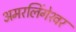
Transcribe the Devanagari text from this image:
अमरलिंगेश्‍वर